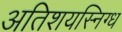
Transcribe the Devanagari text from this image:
अतिशयस्निग्ध